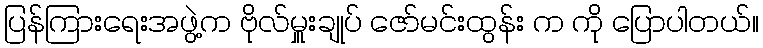
ပြန်ကြားရေးအဖွဲ့က ဗိုလ်မှူးချုပ် ဇော်မင်းထွန်း က ကို ပြောပါတယ်။